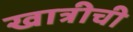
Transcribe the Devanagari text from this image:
खात्रीची